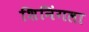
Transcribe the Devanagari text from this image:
शिनिंगला